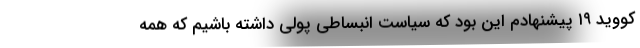
کووید ۱۹ پیشنهادم این بود که سیاست انبساطی پولی داشته باشیم که همه